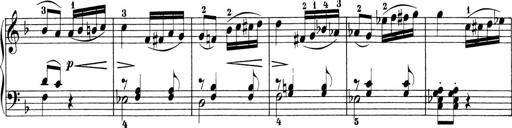
Title: Sonatinen Op.47, 98 und 136, nebst 6 Liedersonatinen
Composer: Carl Reinecke